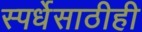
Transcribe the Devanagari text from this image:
स्पर्धेसाठीही